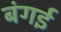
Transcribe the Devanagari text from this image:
बंगई